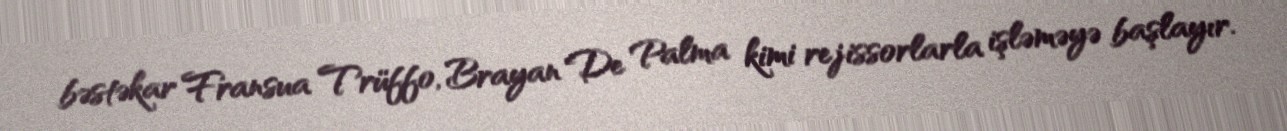
bəstəkar Fransua Trüffo, Brayan De Palma kimi rejissorlarla işləməyə başlayır.